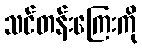
သင်တန်းကြေးကို